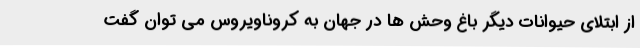
از ابتلای حیوانات دیگر باغ وحش ها در جهان به کروناویروس می توان گفت